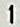
1